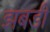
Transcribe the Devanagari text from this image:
झबडी